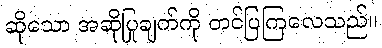
ဆိုသော အဆိုပြုချက်ကို တင်ပြကြလေသည်။